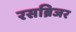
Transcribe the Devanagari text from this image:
रसब्रिजर